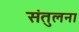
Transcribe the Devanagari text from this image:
संतुलना